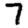
Digit: 7